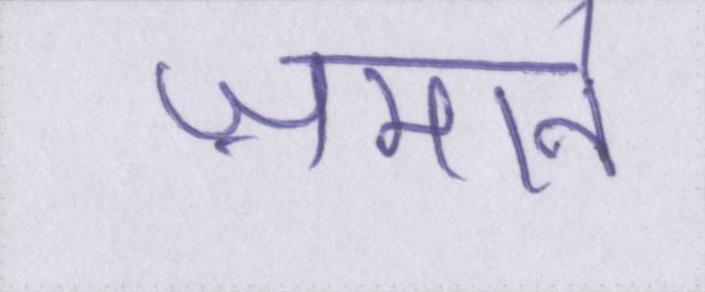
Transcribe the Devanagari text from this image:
ज़माने